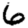
Digit: 6